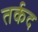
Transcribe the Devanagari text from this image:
तर्कद